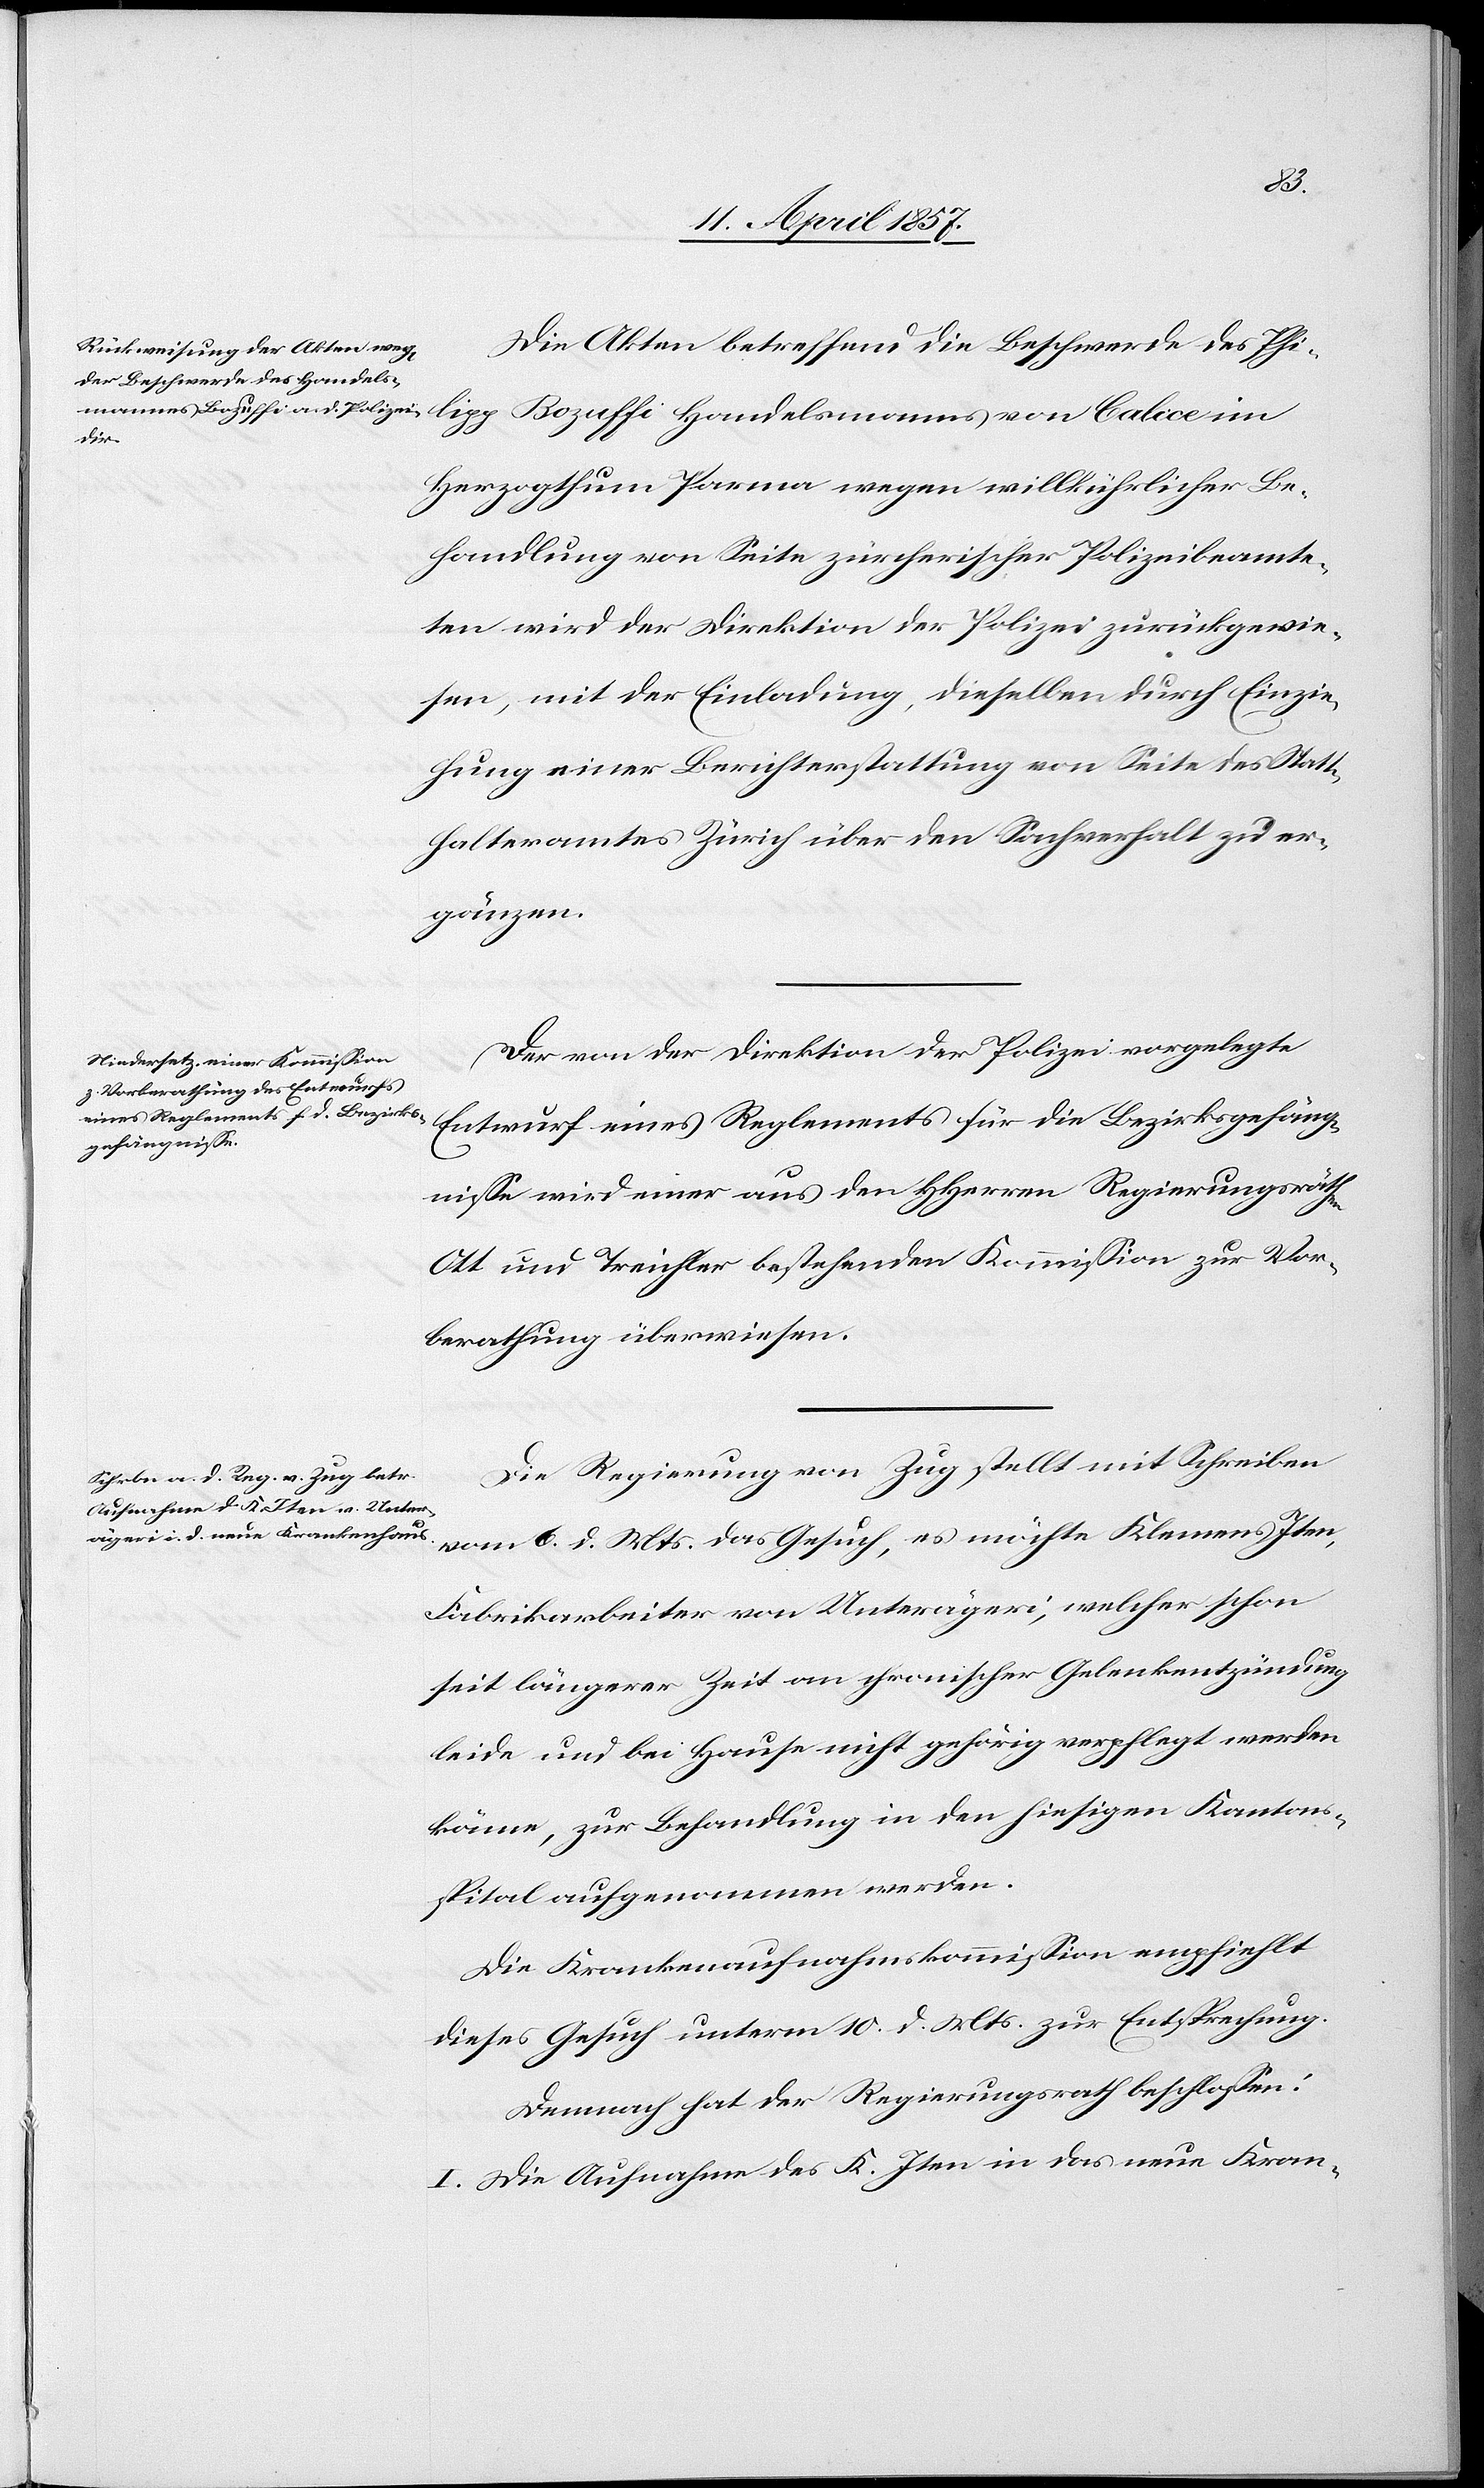
Die Akten betreffend die Beschwerde des Phi¬
lipp
Herzogthum Parma wegen willkührlicher Be¬
handlung von Seite zürcherischer Polizeibeamte¬
ten wird der Direktion der Polizei zurückgewie¬
sen, mit der Einladung, dieselben durch Einzie¬
hung einer Berichterstattung von Seite des Statt¬
halteramtes Zürich über den Sachverhalt zu er¬
gänzen.
Der von der Direktion der Polizei vorgelegte
Entwurf eines Reglements für die Bezirksgefäng¬
nisse wird einer aus den HHerren Regierungsräthen
Ott und Treichler bestehenden Kommission zur Vor¬
berathung überwiesen.
Die Regierung von Zug stellt mit Schreiben
vom 6. d. Mts. das Gesuch, es möchte Klemens Iten,
Fabrikarbeiter von Unterägeri, welcher schon
seit längerer Zeit an chronischer Gelenkentzündung
leide und bei Hause nicht gehörig verpflegt werden
könne, zur Behandlung in den hiesigen Kantons¬
spital aufgenommen werden.
Die Krankenaufnahmskommission empfiehlt
dieses Gesuch unterm 10. d. Mts. zur Entsprechung.
Demnach hat der Regierungsrath beschlossen:
I. Die Aufnahme des K. Iten in das neue Kran-